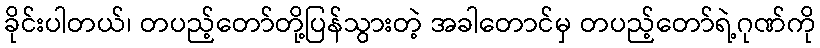
ခိုင်းပါတယ်၊ တပည့်တော်တို့ပြန်သွားတဲ့ အခါတောင်မှ တပည့်တော်ရဲ့ဂုဏ်ကို